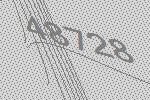
48728